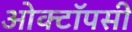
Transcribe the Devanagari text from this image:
ओक्टॉपसी